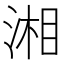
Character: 湘